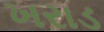
ખરાડ